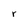
Character: r